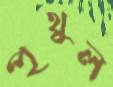
পৃথুল